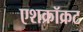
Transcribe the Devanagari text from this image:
एशक्रॉक्रट